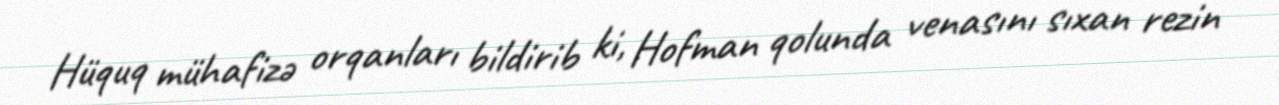
Hüquq mühafizə orqanları bildirib ki, Hofman qolunda venasını sıxan rezin